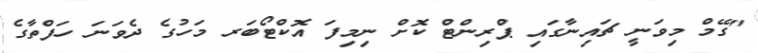
"ގޭމް މިވަނީ ޗައިނާގައި ޕްރިންޓް ކޮށް ނިމިފަ އޮކްޓޯބަރ މަހުގެ ދެވަނަ ހަފްތާގެ